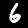
Digit: 6